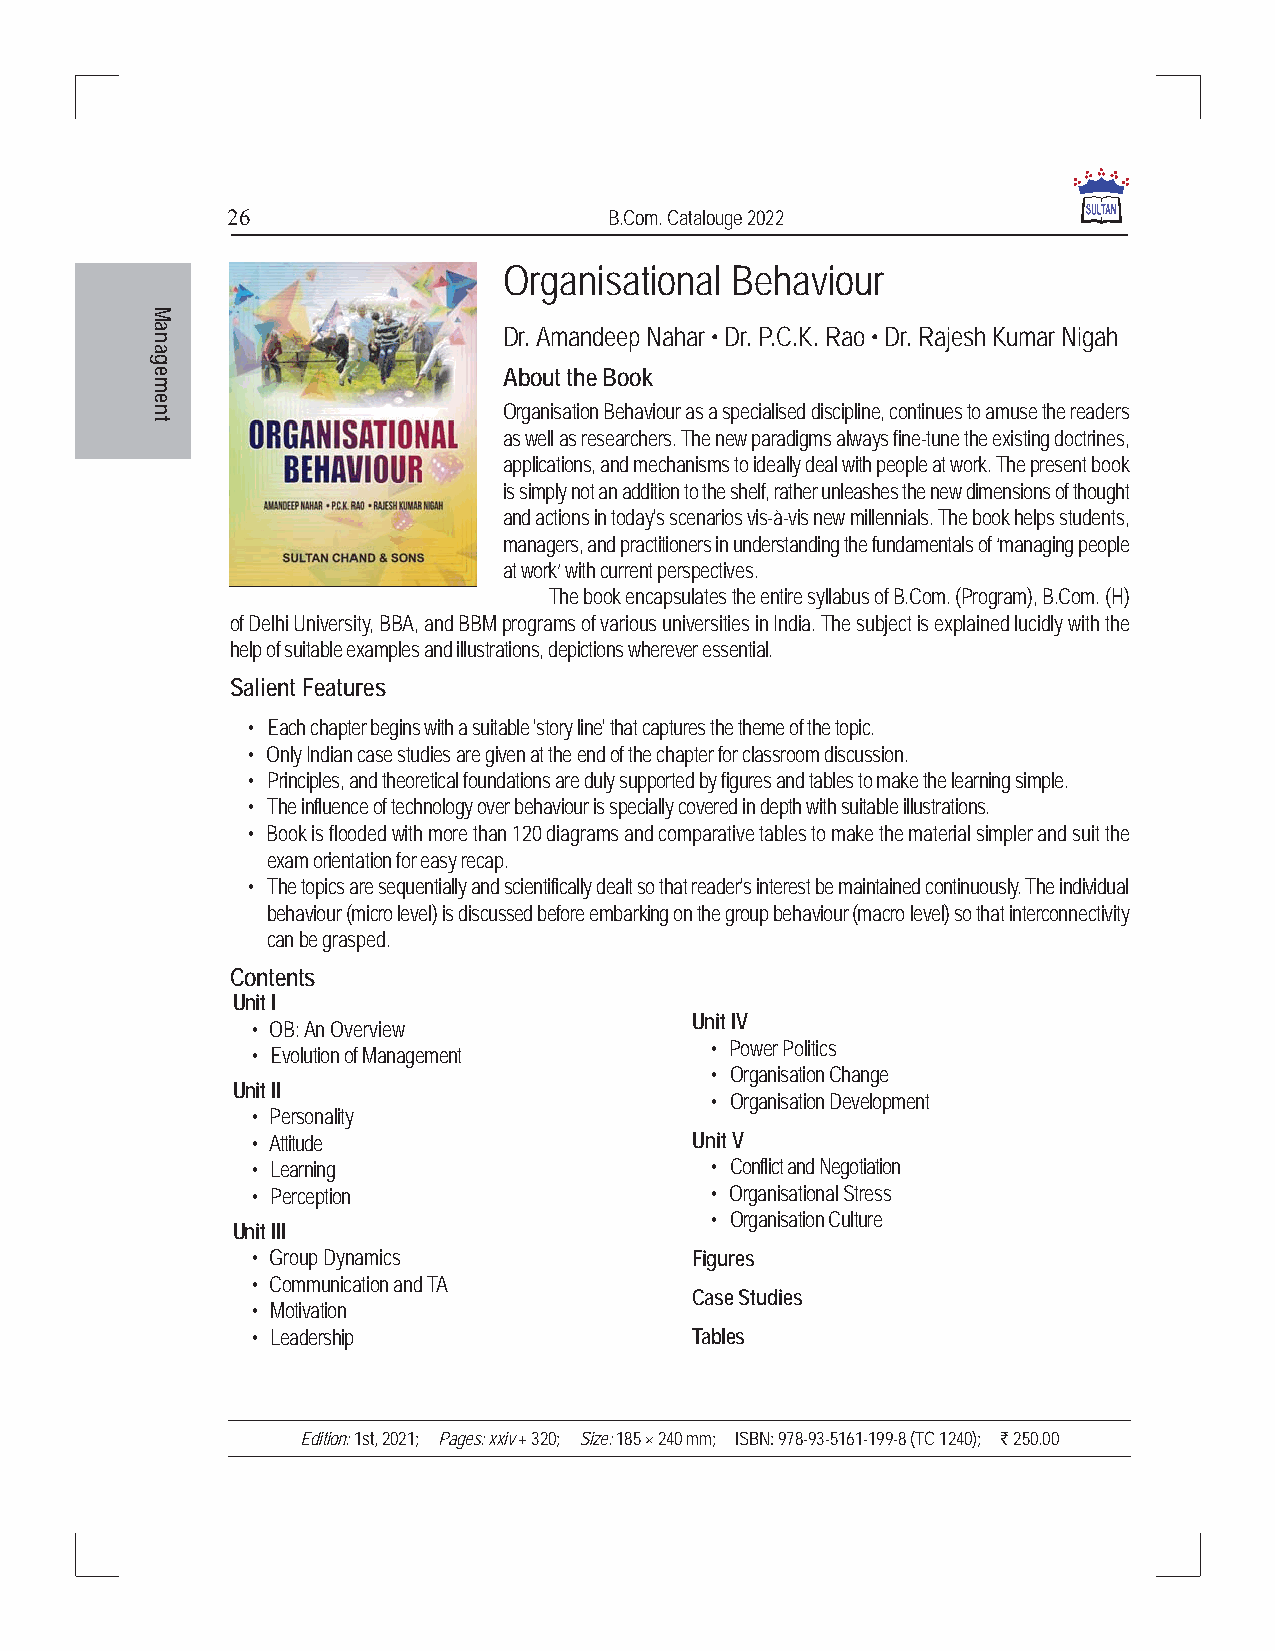
26                       B.Com. Catalouge 2022
 Organisational Behaviour
 Dr. Amandeep Nahar • Dr. P.C.K. Rao • Dr. Rajesh Kumar Nigah
 About the Book
 Organisation Behaviour as a specialised discipline, continues to amuse the readers
 as well as researchers. The new paradigms always fine-tune the existing doctrines,
 applications, and mechanisms to ideally deal with people at work. The present book
 is simply not an addition to the shelf, rather unleashes the new dimensions of thought
 and actions in today's scenarios vis-à-vis new millennials. The book helps students,
 managers, and practitioners in understanding the fundamentals of ‘managing people
 at work’ with current perspectives.
 The book encapsulates the entire syllabus of B.Com. (Program), B.Com. (H)
 of Delhi University, BBA, and BBM programs of various universities in India. The subject is explained lucidly with the
 help of suitable examples and illustrations, depictions wherever essential.
 Salient Features
 • Each chapter begins with a suitable 'story line' that captures the theme of the topic.
 • Only Indian case studies are given at the end of the chapter for classroom discussion.
 • Principles, and theoretical foundations are duly supported by figures and tables to make the learning simple.
 • The influence of technology over behaviour is specially covered in depth with suitable illustrations.
 • Book is flooded with more than 120 diagrams and comparative tables to make the material simpler and suit the
 exam orientation for easy recap.
 • The topics are sequentially and scientifically dealt so that reader's interest be maintained continuously. The individual
 behaviour (micro level) is discussed before embarking on the group behaviour (macro level) so that interconnectivity
 can be grasped.
 Contents
 Unit I
 Unit IV
 • OB: An Overview
 • Power Politics
 • Evolution of Management
 • Organisation Change
 Unit II
 • Organisation Development
 • Personality
 • Attitude                   Unit V
 • Learning                    • Conflict and Negotiation
 • Perception                  • Organisational Stress
 • Organisation Culture
 Unit III
 • Group Dynamics             Figures
 • Communication and TA
 Case Studies
 • Motivation
 • Leadership                 Tables
 Edition: 1st, 2021; Pages: xxiv + 320; Size: 185 × 240 mm; ISBN: 978-93-5161-199-8 (TC 1240); ` 250.00
 Management